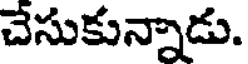
చేసుకున్నాడు.